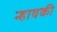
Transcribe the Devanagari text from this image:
न्हावकी